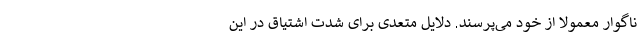
ناگوار معمولا از خود می‌پرسند. دلایل متعدی برای شدت اشتیاق در این